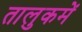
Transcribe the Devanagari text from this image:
तालुकमें